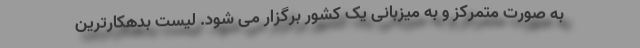
به صورت متمرکز و به میزبانی یک کشور برگزار می شود. لیست بدهکارترین